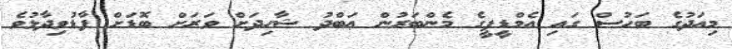
މިއަދުގެ ބަހުސް ގައި އެމްޑީޕީގެ މެންބަރުން ޢަބްދު ޝާހިދަށް ވަރަށް ބޮޑަަށް ފާޑުވިދާޅުވެ